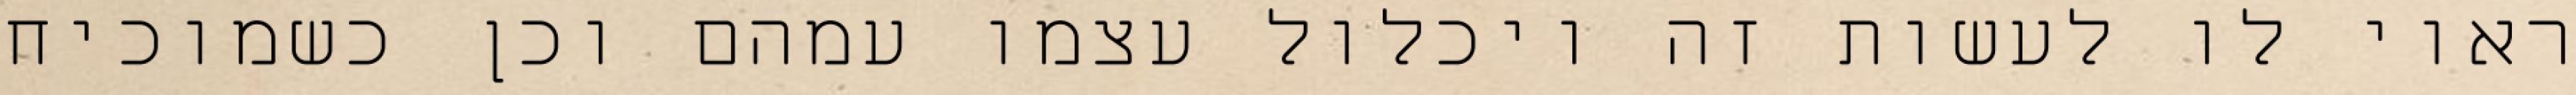
ראוי לו לעשות זה ויכלול עצמו עמהם וכן כשמוכיח